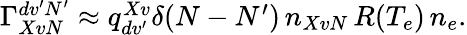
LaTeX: \begin{array}{r}{\Gamma_{XvN}^{dv^{\prime}N^{\prime}}\approx q_{dv^{\prime}}^{Xv}\delta(N-N^{\prime})\, n_{XvN}\, R(T_{e})\, n_{e}.}\end{array}